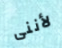
لأننى